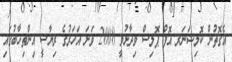
އެގޮތުން ކޮމިޝަނަރ އޮފް ޕޮލިސް ވިދާޅުވީ 2008 ވަނަ އަހަރުގެ ރިޔާސީ އިންތިޚާބުގައި